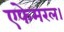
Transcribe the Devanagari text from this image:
एफेमरल।